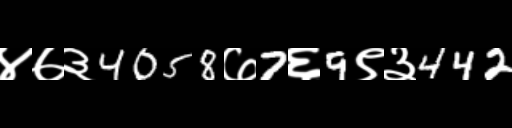
Text: ४७३4058७7६9९३442